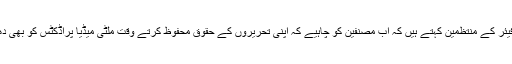
فرینکفرٹ بُک فیئر کے منتظمین کہتے ہیں کہ اب مصنفین کو چاہیے کہ اپنی تحریروں کے حقوق محفوظ کرتے وقت ملٹی میڈیا پراڈکٹس کو بھی دھیان میں رکھیں۔